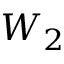
W _ { 2 }